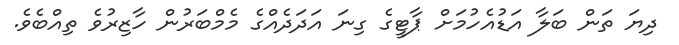
ދިޔަ ތަން ބަލާ އަޑުއެހުމަށް ޕާޓީގެ ގިނަ އަދަދެއްގެ މެމްބަރުން ހާޒިރުވެ ތިއްބެވެ.